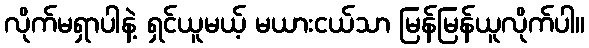
လိုက်မရှာပါနဲ့ ရှင်ယူမယ့် မယားငယ်သာ မြန်မြန်ယူလိုက်ပါ။